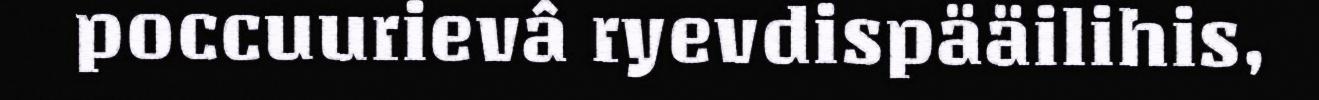
poccuurievâ ryevdispääilihis,